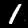
Label: 1